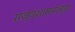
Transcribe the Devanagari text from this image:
राज्यशासनांच्या